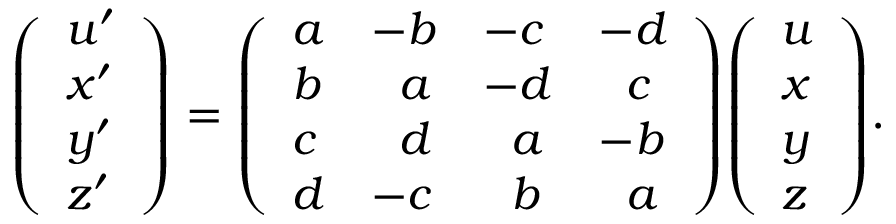
{ \left( \begin{array} { l } { u ^ { \prime } } \\ { x ^ { \prime } } \\ { y ^ { \prime } } \\ { z ^ { \prime } } \end{array} \right) } = { \left( \begin{array} { l l l l } { a } & { - b } & { - c } & { - d } \\ { b } & { \; \, \, a } & { - d } & { \; \, \, c } \\ { c } & { \; \, \, d } & { \; \, \, a } & { - b } \\ { d } & { - c } & { \; \, \, b } & { \; \, \, a } \end{array} \right) } { \left( \begin{array} { l } { u } \\ { x } \\ { y } \\ { z } \end{array} \right) } .